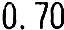
0.70